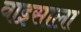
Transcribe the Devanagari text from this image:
वाइसाला